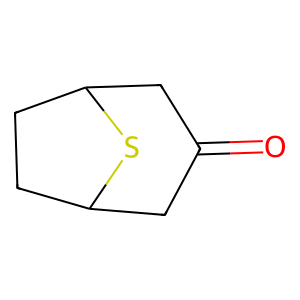
SMILES: O=C1CC2CCC(C1)S2
Inhibits HIV replication: No